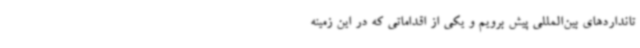
تانداردهای بین‌المللی پیش برویم و یکی از اقداماتی که در این زمینه